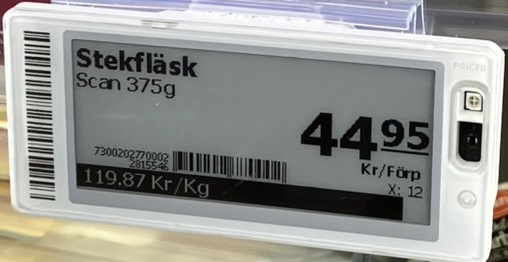
Vara: Stekfläsk
Genomsnittspris: 119.87 per kg